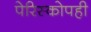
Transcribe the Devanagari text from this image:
पेरिस्कोपही